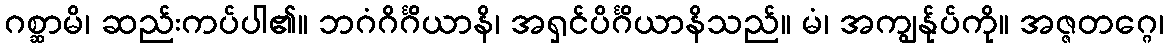
ဂစ္ဆာမိ၊ ဆည်းကပ်ပါ၏။ ဘဂံဂိင်္ဂိယာနိ၊ အရှင်ပိင်္ဂိယာနိသည်။ မံ၊ အကျွန်ုပ်ကို။ အဇ္ဇတဂ္ဂေ၊